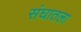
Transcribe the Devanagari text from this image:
संघातला